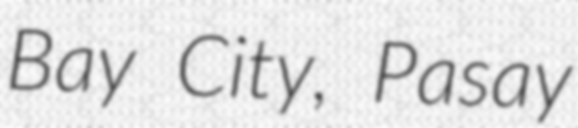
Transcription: Bay City, Pasay